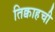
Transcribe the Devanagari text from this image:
तिक्वाहची